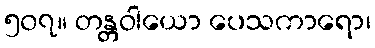
၅၀၇။ တန္တဝါယော ပေသကာရော၊